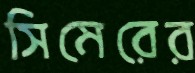
সিমেরের